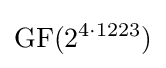
\mathrm {GF} (2^{4\cdot 1223})